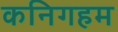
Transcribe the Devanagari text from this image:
कनिगहम